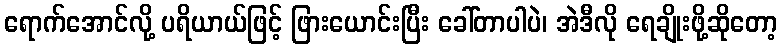
ရောက်အောင်လို့ ပရိယာယ်ဖြင့် ဖြားယောင်းပြီး ခေါ်တာပါပဲ၊ အဲဒီလို ရေချိုးဖို့ဆိုတော့